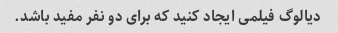
دیالوگ فیلمی ایجاد کنید که برای دو نفر مفید باشد.